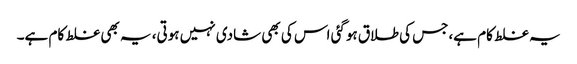
یہ غلط کام ہے،جس کی طلاق ہوگئی اس کی بھی شادی نہیں ہوتی، یہ بھی غلط کام ہے۔